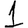
Digit: 1